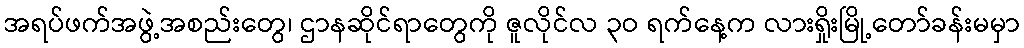
အရပ်ဖက်အဖွဲ့အစည်းတွေ၊ ဌာနဆိုင်ရာတွေကို ဇူလိုင်လ ၃ဝ ရက်နေ့က လားရှိုးမြို့တော်ခန်းမမှာ